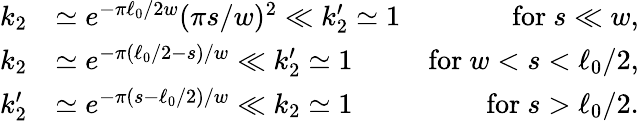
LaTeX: \begin{array}{rlr}{k_{2}}&{\simeq e^{-\pi\ell_{0}/2w}(\pi s/w)^{2}\ll k_{2}^{\prime}\simeq 1}&{\mathrm{for~}s\ll w,}\\ {k_{2}}&{\simeq e^{-\pi(\ell_{0}/2-s)/w}\ll k_{2}^{\prime}\simeq 1}&{\mathrm{for~}w<s<\ell_{0}/2,}\\ {k_{2}^{\prime}}&{\simeq e^{-\pi(s-\ell_{0}/2)/w}\ll k_{2}\simeq 1}&{\mathrm{for~}s>\ell_{0}/2.}\end{array}